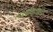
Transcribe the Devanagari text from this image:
मार्गाबरोबरच